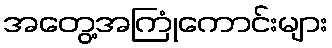
အတွေ့အကြုံကောင်းများ